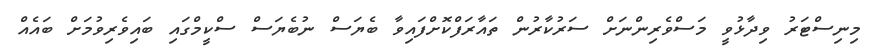
މިނިސްޓަރު ވިދާޅުވީ މަސްވެރިންނަށް ސަރުކާރުން ތައާރަފްކޮށްފައިވާ ބެޔަސް ނުބެޔަސް ސްކީމްގައި ބައިވެރިވުމަށް ބައެއް